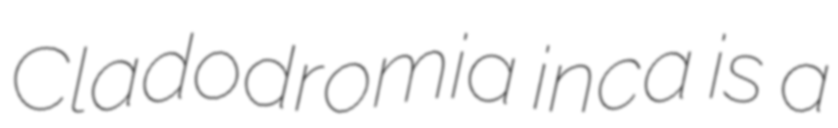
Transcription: Cladodromia inca is a